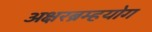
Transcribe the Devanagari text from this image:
अक्षरब्रम्हयोग